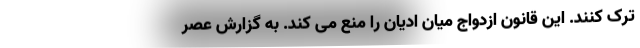
ترک کنند. این قانون ازدواج میان ادیان را منع می کند. به گزارش عصر